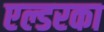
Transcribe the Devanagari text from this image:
एल्डरका